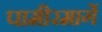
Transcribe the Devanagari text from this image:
पामीरमार्गे